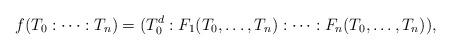
LaTeX: \begin{align*}f(T_0 : \cdots : T_n) = (T_0^d : F_1(T_0, \ldots, T_n) : \cdots : F_n(T_0, \ldots, T_n)),\end{align*}